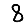
Digit: 8